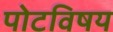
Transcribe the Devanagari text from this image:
पोटविषय